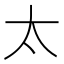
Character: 太